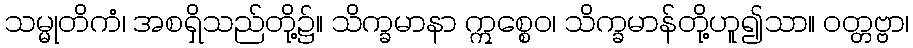
သမ္မုတိကံ၊ အစရှိသည်တို့၌။ သိက္ခမာနာ ဣစ္စေဝ၊ သိက္ခမာန်တို့ဟူ၍သာ။ ဝတ္တဗ္ဗာ၊